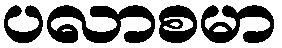
ပလာစမာ